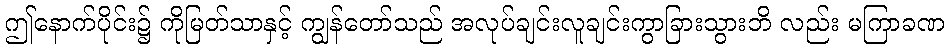
ဤနောက်ပိုင်း၌ ကိုမြတ်သာနှင့် ကျွန်တော်သည် အလုပ်ချင်းလူချင်းကွာခြားသွားဘိ လည်း မကြာခဏ